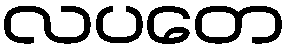
လပတေ